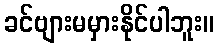
ခင်ဗျားမမှားနိုင်ပါဘူး။